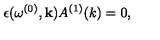
\epsilon ( \omega ^ { ( 0 ) } , { \bf k } ) A ^ { ( 1 ) } ( k ) = 0 ,